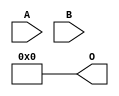
/***
* This code is a part of EvoApproxLib library (ehw.fit.vutbr.cz/approxlib) distributed under The MIT License.
* When used, please cite the following article(s): V. Mrazek, L. Sekanina, Z. Vasicek "Libraries of Approximate Circuits: Automated Design and Application in CNN Accelerators" IEEE Journal on Emerging and Selected Topics in Circuits and Systems, Vol 10, No 4, 2020 
* This file contains a circuit from a sub-set of pareto optimal circuits with respect to the pwr and ep parameters
***/
// MAE% = 24.51 %
// MAE = 4016 
// WCE% = 98.05 %
// WCE = 16065 
// WCRE% = 100.00 %
// EP% = 98.05 %
// MRE% = 100.00 %
// MSE = 28960.286e3 
// PDK45_PWR = 0.000 mW
// PDK45_AREA = 0.0 um2
// PDK45_DELAY = 0.00 ns

module mul8x6u_51C (
    A,
    B,
    O
);

input [7:0] A;
input [5:0] B;
output [13:0] O;
assign O[13] = 1'b0;
assign O[12] = 1'b0;
assign O[11] = 1'b0;
assign O[10] = 1'b0;
assign O[9] = 1'b0;
assign O[8] = 1'b0;
assign O[7] = 1'b0;
assign O[6] = 1'b0;
assign O[5] = 1'b0;
assign O[4] = 1'b0;
assign O[3] = 1'b0;
assign O[2] = 1'b0;
assign O[1] = 1'b0;
assign O[0] = 1'b0;

endmodule